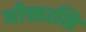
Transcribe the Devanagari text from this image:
भोक्तासि